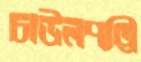
চাউলপট্টি